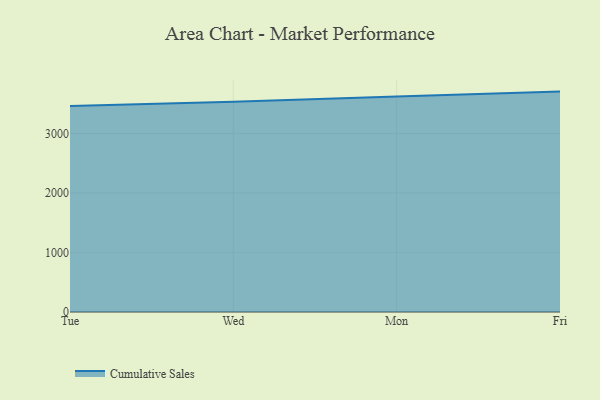
{"axis": {"x": "Day", "y": "Budget (USD K)"}, "legend": ["Cumulative Sales"], "data": [{"x": "Tue", "y": 3462.7, "type": "Cumulative Sales"}, {"x": "Wed", "y": 3537.3, "type": "Cumulative Sales"}, {"x": "Mon", "y": 3625.6, "type": "Cumulative Sales"}, {"x": "Fri", "y": 3706.1, "type": "Cumulative Sales"}]}